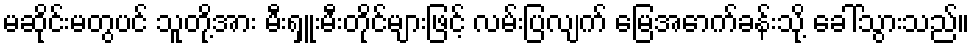
မဆိုင်းမတွပင် သူတို့အား မီးရှူးမီးတိုင်များဖြင့် လမ်းပြလျက် မြေအောက်ခန်းသို့ ခေါ်သွားသည်။